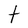
Character: t